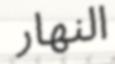
النھار